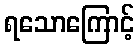
ရသောကြောင့်